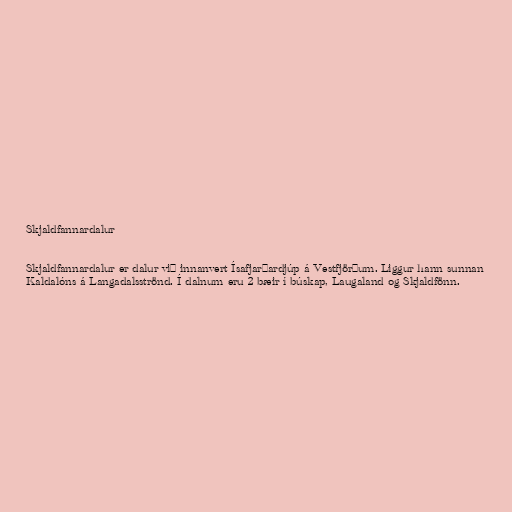
Skjaldfannardalur

Skjaldfannardalur er dalur við innanvert Ísafjarðardjúp á Vestfjörðum. Liggur hann sunnan
Kaldalóns á Langadalsströnd. Í dalnum eru 2 bæir í búskap, Laugaland og Skjaldfönn.